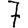
Digit: 7